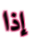
إذا